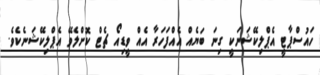
ހައުސްޕާޓީ އެޕްލިކޭޝަނަކީ ގިނަ ބަޔެއް އެއްފަހަރާ އެއް ވީޑިއޯ ޗެޓް ކޮށްލެވޭ އެޕްލިކޭޝަނެކެވެ.